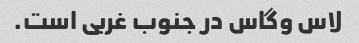
لاس وگاس در جنوب غربی است.